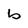
Character: b